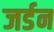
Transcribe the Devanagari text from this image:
जर्डन